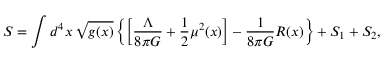
S = \int d ^ { 4 } x \, \sqrt { g ( x ) } \left\{ \left[ \frac { \Lambda } { 8 \pi G } + \frac { 1 } { 2 } \mu ^ { 2 } ( x ) \right] - \frac { 1 } { 8 \pi G } R ( x ) \right\} + S _ { 1 } + S _ { 2 } ,